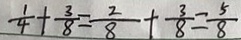
\frac { 1 } { 4 } + \frac { 3 } { 8 } = \frac { 2 } { 8 } + \frac { 3 } { 8 } = \frac { 5 } { 8 }